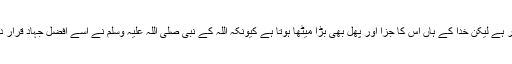
سپینے سپینے سنانا اگرچہ ایک رسکی کام ضرور ہے لیکن خدا کے ہاں اس کا جزا اور پھل بھی بڑا میٹھا ہوتا ہے کیونکہ اللہ کے نبی صلی اللہ علیہ وسلم نے اسے افضل جہاد قرار دیا ہے ( اَفْضَلُ الْجِھَادِ کَلِمَۃُ حَقٍّ عِنْدَ سُلْطَانٍ جَائِرٍ ) ۔